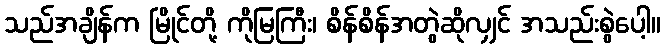
သည်အချိန်က မြိုင်တို့ ကိုမြကြီး၊ စိန်စိန်အတွဲဆိုလျှင် အသည်းစွဲပေါ့။